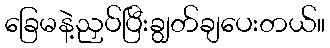
ခြေမနဲ့ညှပ်ပြီးချွတ်ချပေးတယ်။